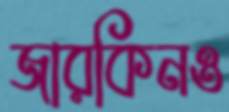
জারকিনও